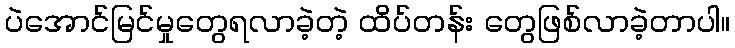
ပဲအောင်မြင်မှုတွေရလာခဲ့တဲ့ ထိပ်တန်း တွေဖြစ်လာခဲ့တာပါ။